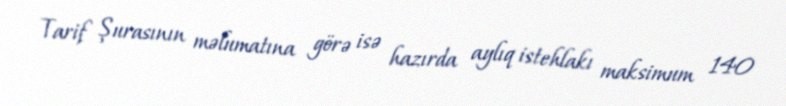
Tarif Şurasının məlumatına görə isə hazırda aylıq istehlakı maksimum 140